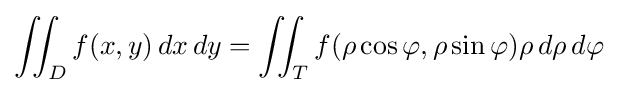
\iint _{D}f(x,y)\,dx\,dy=\iint _{T}f(\rho \cos \varphi ,\rho \sin \varphi )\rho \,d\rho \,d\varphi